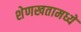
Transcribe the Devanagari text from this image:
शेणखतामध्ये